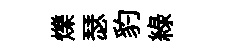
爍瑟豹緑